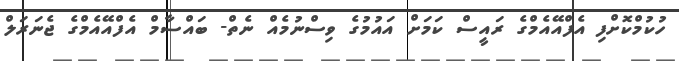
ހުކުމްކޮށްފި އެފްއޭއެމްގެ ރައީސް ކަމަށް އައުމުގެ ވިސްނުމެއް ނެތް- ބައްސާމް އެފްއޭއެމްގެ ޖެނަރަލް